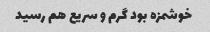
خوشمزه بود گرم و سریع هم رسید